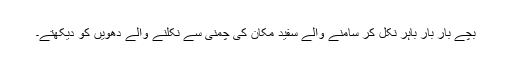
بچے بار بار باہر نکل کر سامنے والے سفید مکان کی چمنی سے نکلنے والے دھویں کو دیکھتے۔